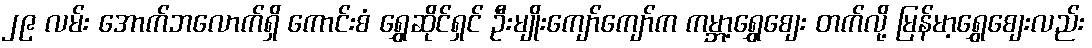
၂၉ လမ်း အောက်ဘလောက်ရှိ ကောင်းစံ ရွှေဆိုင်ရှင် ဦးမျိုးကျော်ကျော်က ကမ္ဘာ့ရွှေစျေး တက်လို့ မြန်မာ့ရွှေစျေးလည်း